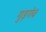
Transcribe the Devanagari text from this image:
गुड़गंव